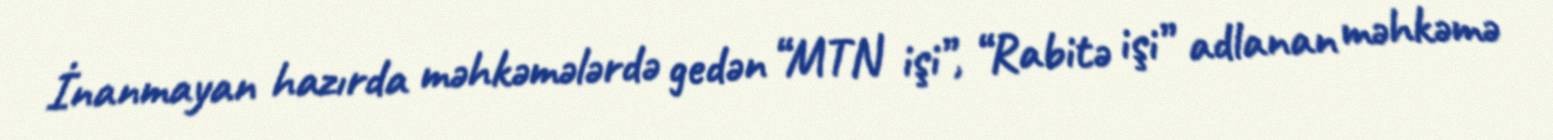
İnanmayan hazırda məhkəmələrdə gedən “MTN işi”, “Rabitə işi” adlanan məhkəmə